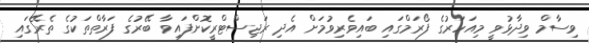
ވިސާމް ވިދާޅުވީ މިއަހަރުގެ ފޯރަމްގައި ބައިވެރިވުމަށް އެދި ރަޖިސްޓްރީކޮށްފައިވާ ބޭރުގެ ފަރާތްތަކުގެ ތެރޭގައި